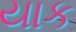
યાક